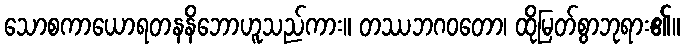
သောစကာယောရတနနိဘောဟူသည်ကား။ တဿဘဂဝတော၊ ထိုမြတ်စွာဘုရား၏။